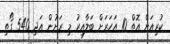
ކުރިއަށް އޮތް 10 އަހަރަށް ބަލާއިރު މި ރަށުން އަދި 540 ގޯތި